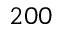
2 0 0